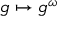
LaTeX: g \mapsto g ^ { \omega }